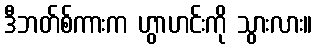
ဒီဘတ်စ်ကားက ဟွာဟင်းကို သွားလား။